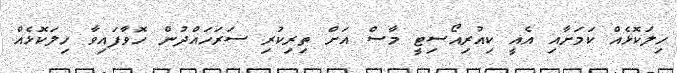
ހިލަކޮޅެއް ކަމަށާއި އެއީ ކިއުރިއޯސިޓީ މާސް އަށް ތިރިކުރި ސަރަހައްދުން ހޮވާފައިވާ ހިލަކޮޅެއް